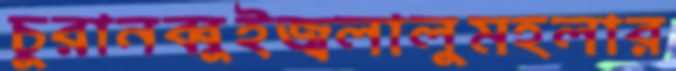
চুরানব্বুইজ্বলালুমহলার